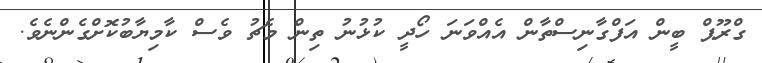
ގްރޫޕް ބީން އަފްގާނިސްތާން އެއްވަނަ ހޯދީ ކުޅުނު ތިން މެޗު ވެސް ކާމިޔާބުކޮށްގެންނެވެ.